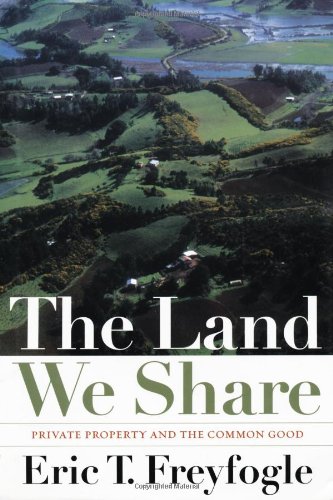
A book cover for The Land We Share: Private Property and the Common Good; Eric T. Freyfogle; Law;